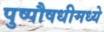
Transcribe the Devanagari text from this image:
पुष्पौषधीमध्ये